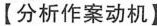
【分析作案动机】